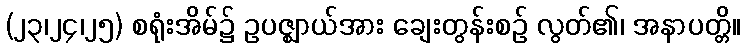
(၂၃၊၂၄၊၂၅) စရုံးအိမ်၌ ဥပဇ္ဈာယ်အား ချေးတွန်းစဉ် လွတ်၏၊ အနာပတ္တိ။